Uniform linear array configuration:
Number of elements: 64
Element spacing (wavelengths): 0.75
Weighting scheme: cosine
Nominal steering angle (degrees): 45
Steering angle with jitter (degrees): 46.648
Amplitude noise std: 0.05
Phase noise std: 0.05

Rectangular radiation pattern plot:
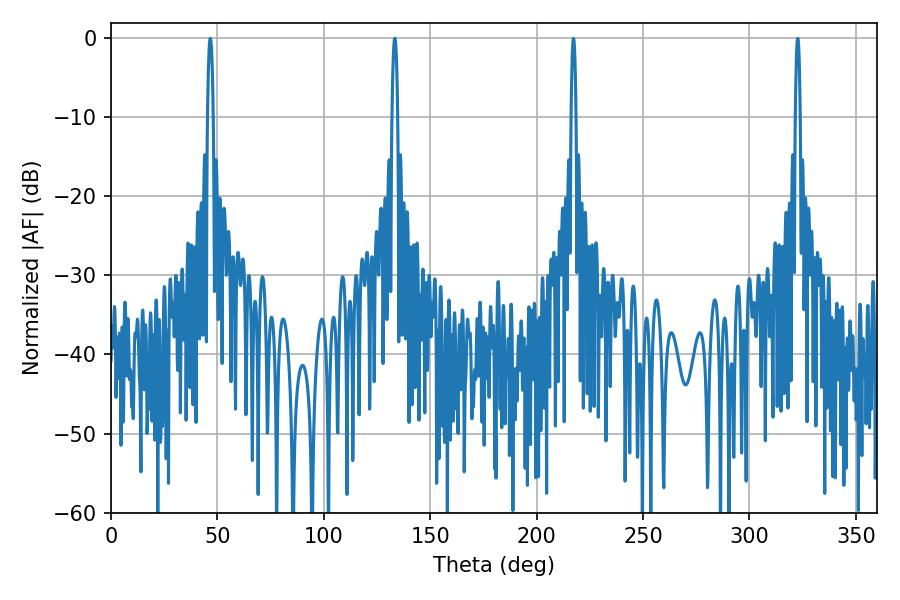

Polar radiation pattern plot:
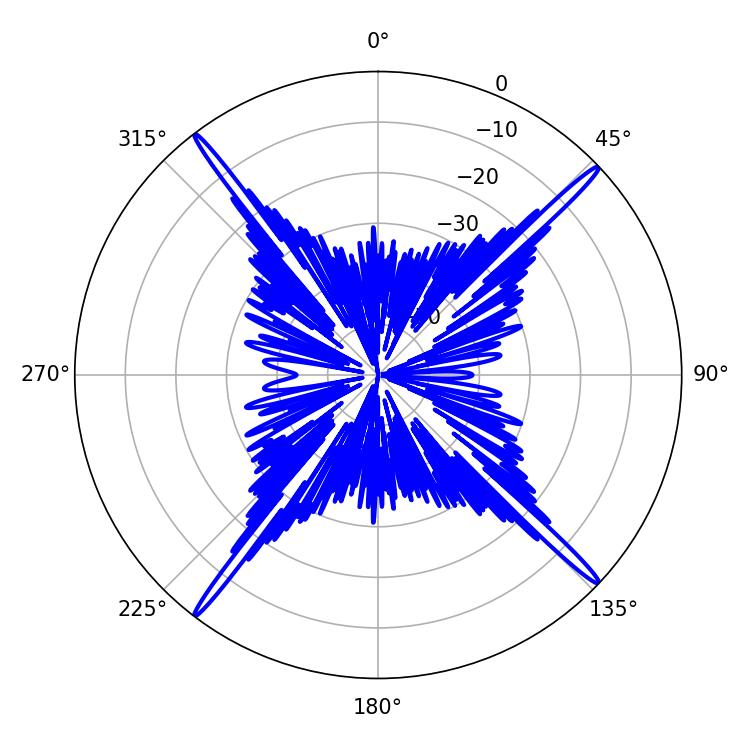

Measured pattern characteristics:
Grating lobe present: TRUE
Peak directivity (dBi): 22.05
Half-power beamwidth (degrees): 1.44
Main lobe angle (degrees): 46.62